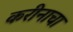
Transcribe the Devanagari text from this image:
करीनाचा